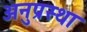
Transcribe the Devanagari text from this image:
अनुप्रस्था